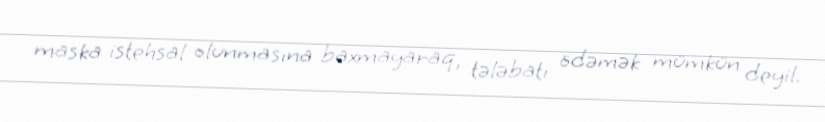
maska istehsal olunmasına baxmayaraq, tələbatı ödəmək mümkün deyil.